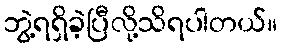
ဘွဲ့ရရှိခဲ့ပြီလို့သိရပါတယ်။